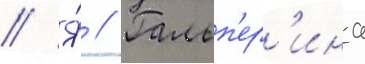
// Я́ // Гальп'ер'ина